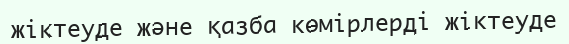
жіктеуде және қазба көмірлерді жіктеуде